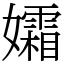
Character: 孀